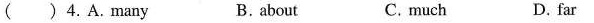
( ) 4. A.many B. about C. much D. far